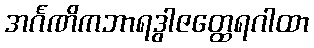
အင်္ဂဏိကဘာရဒွါဇတ္ထေရဂါထာ